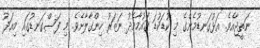
ނަތީޖާއެވެ. އަޅުގަނޑުމެންގެ މި ކުޑަކުޑަ ޤައުމާމެދު ނަޒަރު ހިންގާލާށެވެ. މި ފަސްގަނޑުގައި މިއަދު